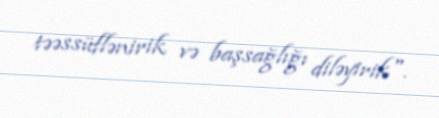
təəssüflənirik və başsağlığı diləyirik".